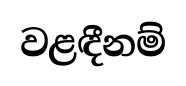
වළඳීනම්